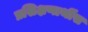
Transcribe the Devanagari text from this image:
प्रशिक्षणार्थीस